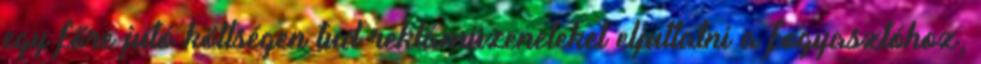
egy főre jutó költségen tud reklámüzeneteket eljuttatni a fogyasztóhoz,